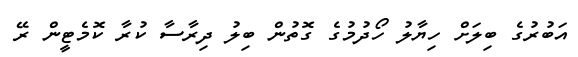
އަބުރުގެ ބިލަށް ހިޔާލު ހޯދުމުގެ ގޮތުން ބިލު ދިރާސާ ކުރާ ކޮމެޓީން ރޭ